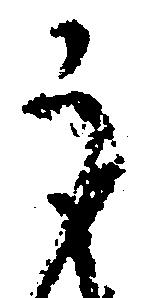
う